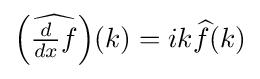
{\textstyle \left({\widehat {{\frac {d}{dx}}f}}\right)\!(k)=ik{\widehat {f}}(k)}